Report of the Bombay Veterinary College
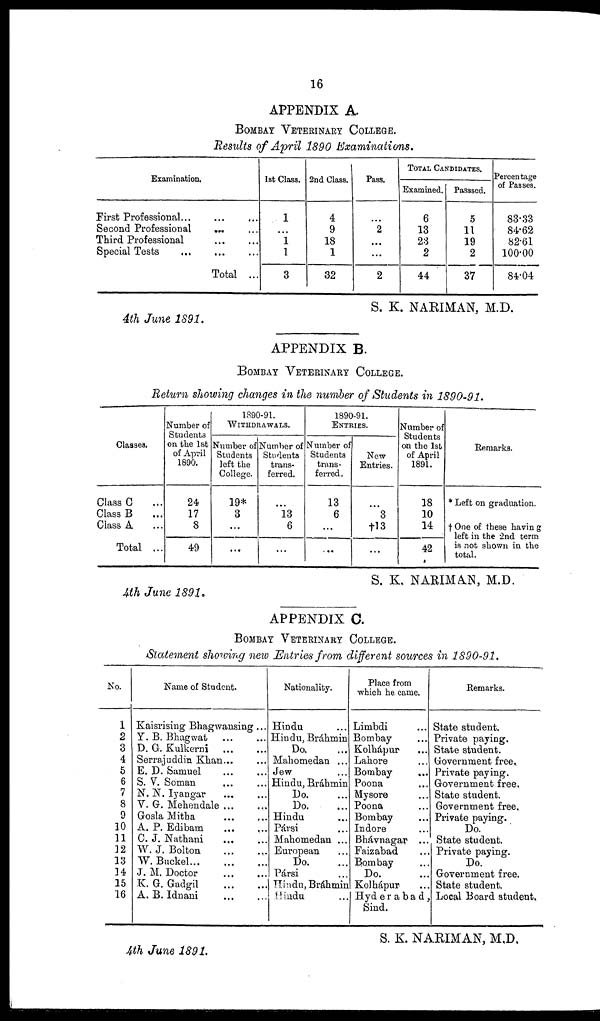
16
APPENDIX A.
BOMBAY VETERINARY COLLEGE.
Results of April 1890 Examinations.
Examination.
First Professional...
Second Professional
Third Professional
Special Tests ...
... ...
...
...
... ...Total
...
...
...
1st Class.
1
...
1
1
3
2nd Class.
4
9
18
1
32
Pass.
...
2
...
...
2
TOTAL CANDIDATES.
Examined.
6
13
23
2
44
Passsed.
5
11
19
2
37
Percentage
of Passes.
83.33
84.62
82.61
100.00
84.04
S. K. NARIMAN, M.D.
4th June 1891.
APPENDIX B.
BOMBAY VETERINARY COLLEGE.
Return showing changes in the number of Students in 1890-91.
Classes.
Class C ...
Class B ...
Class A ...
Total ...
Number of
Students
on the 1st
of April
1890.
24
17
8
49
1890-91.
WITHDRAWALS.
Number of
Students
left the
College.
19*
3
...
...
Number of
Students
trans-
ferred.
...
13
6
...
1890-91.
ENTRIES.
Number of
Students
trans-
ferred.
13
6
...
...
New
Entries.
...
3
†13
...
Number of
Students
on the 1st
of April
1891.
18
10
14
42
Remarks.
* Left on graduation.
† One of these having
left in the 2nd term
is not shown in the
total.
S. K. NARIMAN, M.D.
4th June 1891.
APPENDIX C.
BOMBAY VETERINARY COLLEGE.
Statement showing new Entries from different sources in 1890-91.
No.
1
2
3
4
5
6
7
8
9
10
11
12
13
14
15
16
Name of Student.
Kaisrising Bhagwansing ...
Y. B. Bhagwat
...
...
D. G. Kulkerni
...
...
Serrajuddin Khan... ...
E. D. Samuel
...
...
S. V. Soman ... ...
N. N. Iyangar
...
...
V. G. Mehendale
...
...
Gosla Mitha ... ...
A. P. Edibam
...
...
C. J. Nathani ... ...
W. J. Bolton
...
....
W.
Buckel...
....
...
J. M. Doctor
...
...
K. G. Gadgil
...
...
A. B. Idnani
...
...
Nationality.
Hindu ...
Hindu, Bráhmin
Do. ...
Mahomedan ...
Jew ...
Hindu, Bráhmin
Do. ...
Do. ...
Hindu ...
Pársi ...
Mahomedan ...
European ...
Do. ...
Pársi ...
Hindu, Bráhmin
Hindu ...
Place from
which he came.
Limbdi ...
Bombay ...
Kolhápur ...
Lahore ...
Bombay ...
Poona ...
Mysore ...
Poona ...
Bombay ...
Indore ...
Bhávnagar ...
Faizabad ...
Bombay ...
Do. ...
Kolhápur ...
Hyderabad,
Sind.
Remarks.
State student.
Private paying.
State student.
Government free.
Private paying.
Government free.
State student.
Government free.
Private paying.
Do.
State student.
Private paying.
Do.
Government free.
State student.
Local Board student.
S. K. NARIMAN, M.D.
4th June 1891.